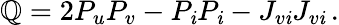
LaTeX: \mathbb{Q}=2P_{u}P_{v}-P_{\mathit{i}}P_{\mathit{i}}-J_{v\mathit{i}}J_{v\mathit{i}}\, .